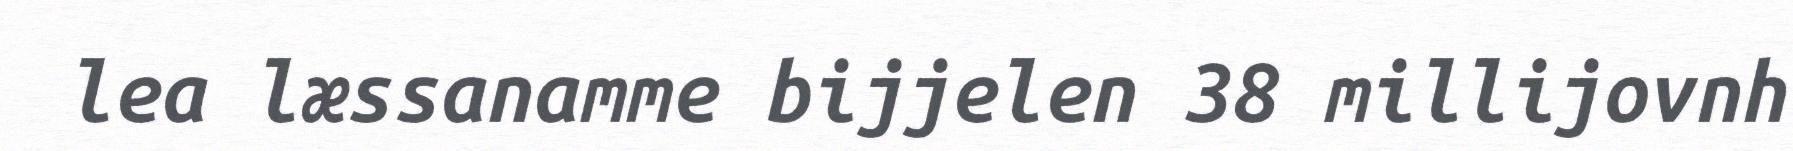
lea læssanamme bijjelen 38 millijovnh